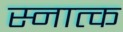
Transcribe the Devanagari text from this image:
स्नात्क